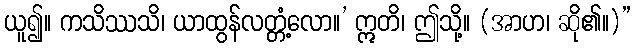
ယူ၍။ ကသိဿသိ၊ ယာထွန်လတ္တံ့လော။’ ဣတိ၊ ဤသို့။ (အာဟ၊ ဆို၏။)”